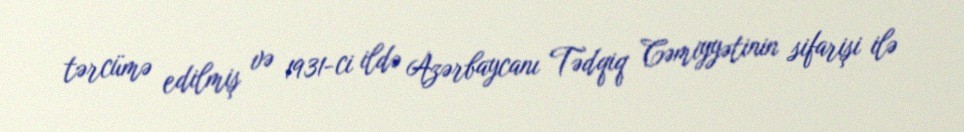
tərcümə edilmiş və 1931-ci ildə Azərbaycanı Tədqiq Cəmiyyətinin sifarişi ilə